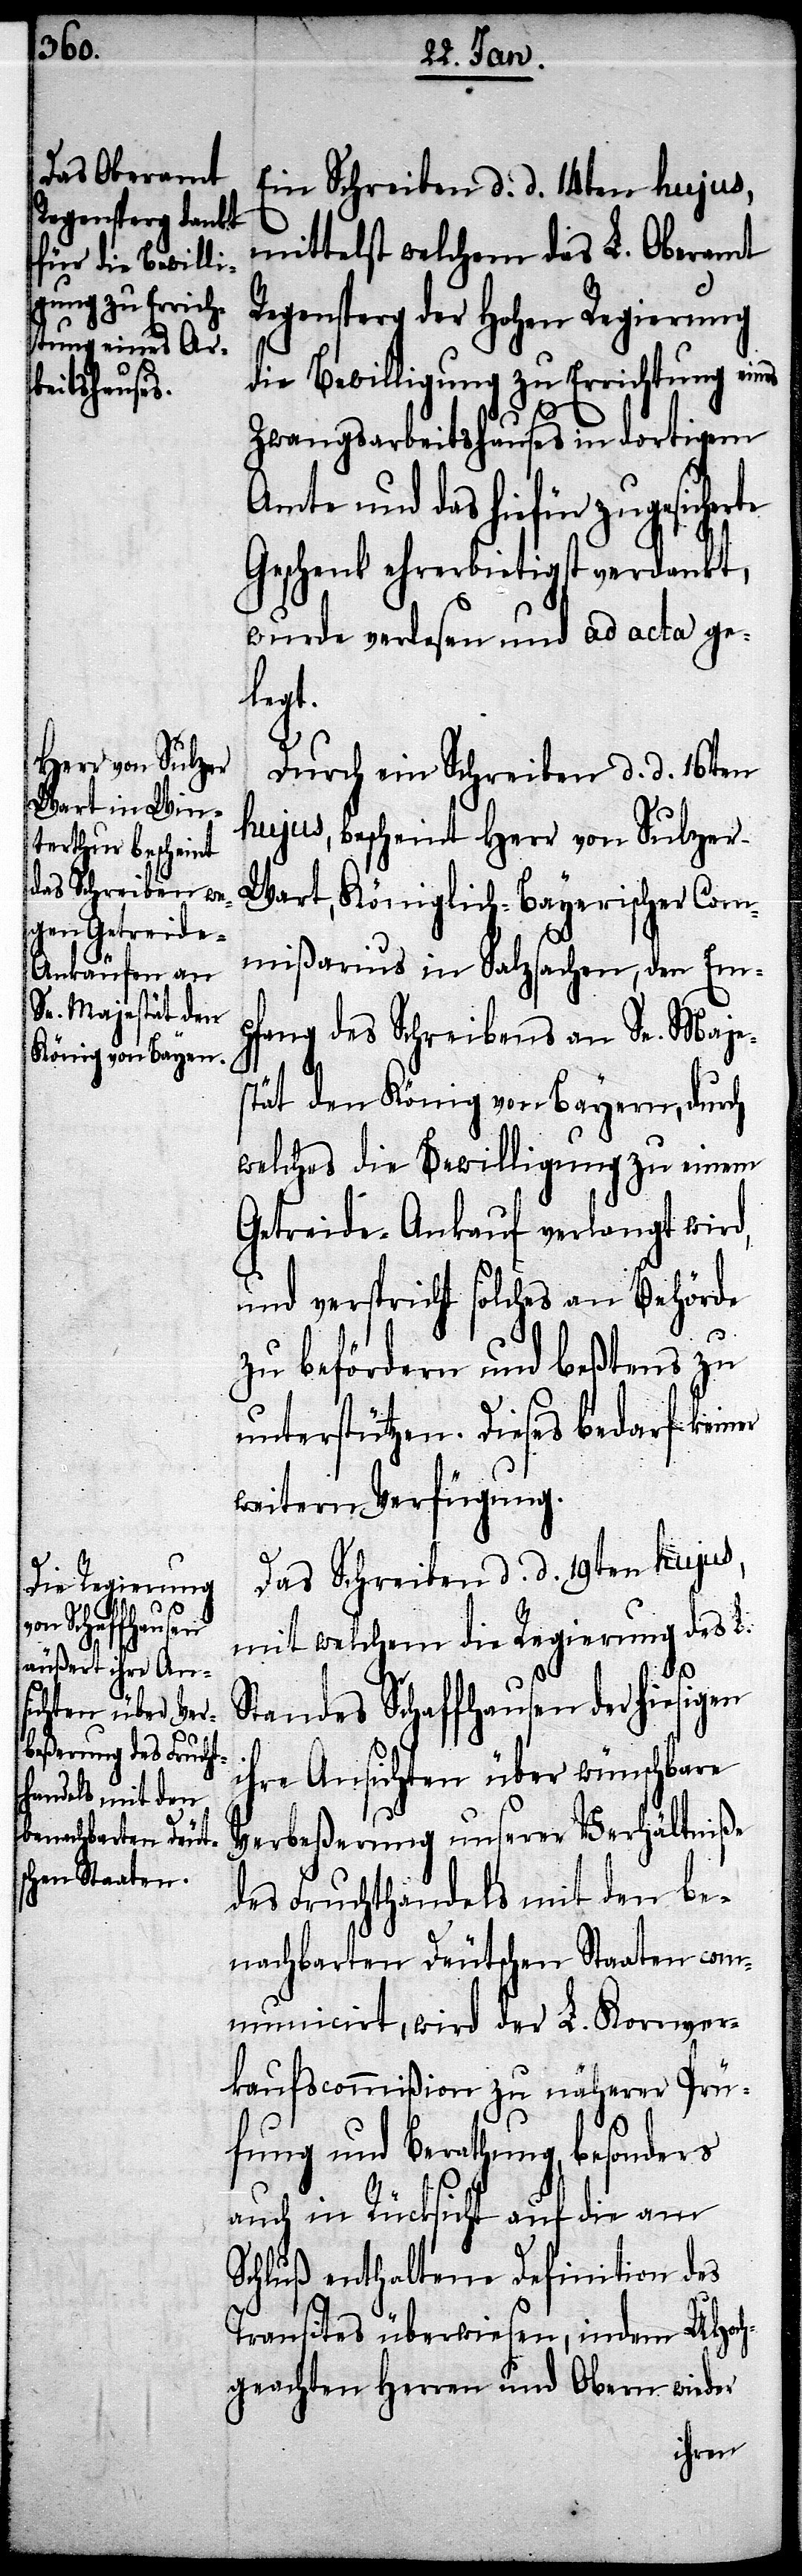
Ein Schreiben d. d. 14ten hujus,
mittelst welchem das L. Oberamt
Regensperg der Hohen Regierung
die Bewilligung zu Errichtung eines
Zwangsarbeitshauses in dortigem
Amte und das hiefür zugesicher¬
Geschenk ehrerbietigst verdankt,
wurde verlesen und ad acta ge¬
legt.
Durch ein Schreiben d. d. 16ten
hujus, bescheint Herr von Sulzer-W¬
art, Königlich-Bayerischer Com¬
mißarius in Salzsachen, den Em¬
pfang des Schreibens an Se. Maje¬
stät den König von Bayern, durch
welches die Bewilligung zu einem
Getreide-Ankauf verlangt wird,
und verspricht solches an Behörde
zu befördern und beßtens zu
unterstützen. Dieses bedarf keiner
weitern Verfügung.
Das Schreiben d. d. 19ten hujus,
mit welchem die Regierung des L.
te
Standes Schaffhausen der hiesigen
ihre Anichten über wünschbare
Verbeßerung unserer Verhältniße
des Fruchthandels mit den be¬
nachbarten Deutschen Staaten com¬
municirt, wird der L. Kornver¬
kaufscommißion zu näherer Prü¬
fung und Berathung, besonders
auch in Rücksicht auf die am
Schluß enthaltene Definition des
Transites überwiesen, indem UHoch¬
geachten Herren und Obern wieder